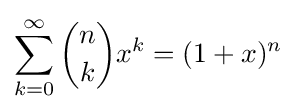
\sum _{k=0}^{\infty }{n \choose k}x^{k}=(1+x)^{n}